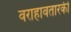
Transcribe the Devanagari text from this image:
वराहावतारकी